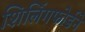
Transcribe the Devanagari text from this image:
शिलिंगफोर्डने